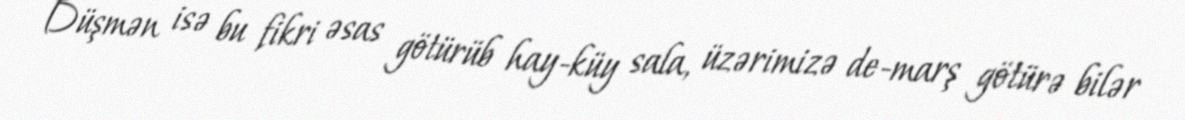
Düşmən isə bu fikri əsas götürüb hay-küy sala, üzərimizə de-marş götürə bilər